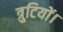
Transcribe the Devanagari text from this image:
त्रुटियों।